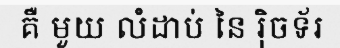
គឺ មួយ លំដាប់ នៃ រ៉ិចទ័រ